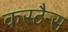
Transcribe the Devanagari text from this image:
कस्टैन्स